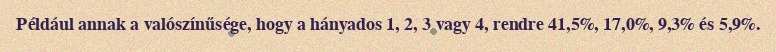
Például annak a valószínűsége, hogy a hányados 1, 2, 3 vagy 4, rendre 41,5%, 17,0%, 9,3% és 5,9%.